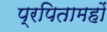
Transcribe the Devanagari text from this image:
प्रपितामहों